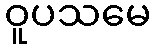
ဝူပသမေ